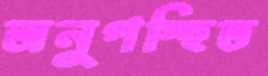
অনুপস্হিত